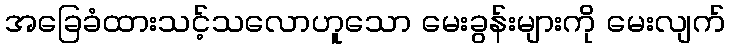
အခြေခံထားသင့်သလောဟူသော မေးခွန်းများကို မေးလျက်